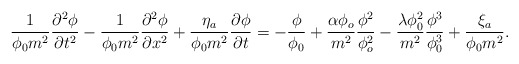
\begin{align*}\frac{1}{\phi_0 m^2}\frac{\partial^2\phi}{\partial t^2}-\frac{1}{\phi_0 m^2}\frac{\partial^2\phi}{\partial x^2}+\frac{\eta_a}{\phi_0 m^2}\frac{\partial\phi}{\partial t}=-\frac{\phi}{\phi_0}+\frac{\alpha\phi_o}{m^2}\frac{\phi^2}{\phi_o^2}-\frac{\lambda\phi_0^2}{m^2}\frac{\phi^3}{\phi_0^3}+\frac{\xi_a}{\phi_0 m^2}. \end{align*}